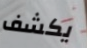
يكشف